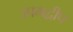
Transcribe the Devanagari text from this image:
उपमद्वीप